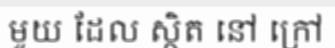
មួយ ដែល ស្ថិត នៅ ក្រៅ